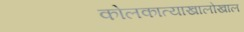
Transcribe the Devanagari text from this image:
कोलकात्याखालोखाल